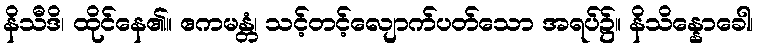
နိသီဒိ၊ ထိုင်နေ၏။ ဧကမန္တံ၊ သင့်တင့်လျောက်ပတ်သော အရပ်၌။ နိသိန္နောခေါ၊